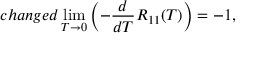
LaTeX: c h a n g e d \operatorname * { l i m } _ { T \to 0 } \left( - \frac { d } { d T } R _ { 1 1 } ( T ) \right) = - 1 ,